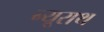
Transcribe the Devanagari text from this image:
न्यूराथ